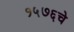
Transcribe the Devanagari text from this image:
१५७६चे